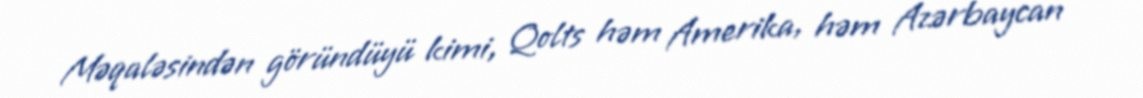
Məqaləsindən göründüyü kimi, Qolts həm Amerika, həm Azərbaycan